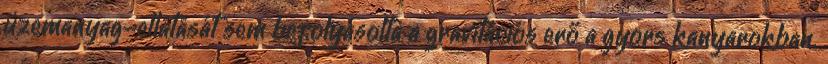
üzemanyag-ellátását sem befolyásolta a gravitációs erő a gyors kanyarokban.